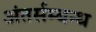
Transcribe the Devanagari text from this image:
अंतर्सम्बन्ध